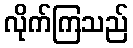
လိုက်ကြသည်